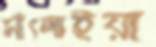
সাঁৎলাইয়া